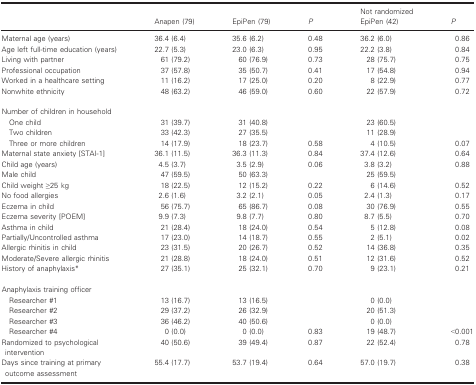
<table><thead><tr><td></td><td><b>Anapen (79)</b></td><td><b>EpiPen (79)</b></td><td><b><i>P</i></b></td><td><b>Not randomized EpiPen (42)</b></td><td><b><i>P</i></b></td></tr></thead><tbody><tr><td>Maternal age (years)</td><td>36.4 (6.4)</td><td>35.6 (6.2)</td><td>0.48</td><td>36.2 (6.0)</td><td>0.86</td></tr><tr><td>Age left full‐time education (years)</td><td>22.7 (5.3)</td><td>23.0 (6.3)</td><td>0.95</td><td>22.2 (3.8)</td><td>0.84</td></tr><tr><td>Living with partner</td><td>61 (79.2)</td><td>60 (76.9)</td><td>0.73</td><td>28 (75.7)</td><td>0.75</td></tr><tr><td>Professional occupation</td><td>37 (57.8)</td><td>35 (50.7)</td><td>0.41</td><td>17 (54.8)</td><td>0.94</td></tr><tr><td>Worked in a healthcare setting</td><td>11 (16.2)</td><td>17 (25.0)</td><td>0.20</td><td>8 (22.9)</td><td>0.77</td></tr><tr><td>Nonwhite ethnicity</td><td>48 (63.2)</td><td>46 (59.0)</td><td>0.60</td><td>22 (57.9)</td><td>0.72</td></tr><tr><td colspan="6">Number of children in household</td></tr><tr><td>One child</td><td>31 (39.7)</td><td>31 (40.8)</td><td rowspan="2"></td><td>23 (60.5)</td><td rowspan="2"></td></tr><tr><td>Two children</td><td>33 (42.3)</td><td>27 (35.5)</td><td>11 (28.9)</td></tr><tr><td>Three or more children</td><td>14 (17.9)</td><td>18 (23.7)</td><td>0.58</td><td>4 (10.5)</td><td>0.07</td></tr><tr><td>Maternal state anxiety [STAI‐1]</td><td>36.1 (11.5)</td><td>36.3 (11.3)</td><td>0.84</td><td>37.4 (12.6)</td><td>0.64</td></tr><tr><td>Child age (years)</td><td>4.5 (3.7)</td><td>3.5 (2.9)</td><td>0.06</td><td>3.8 (3.2)</td><td>0.88</td></tr><tr><td>Male child</td><td>47 (59.5)</td><td>50 (63.3)</td><td></td><td>25 (59.5)</td><td></td></tr><tr><td>Child weight ≥25 kg</td><td>18 (22.5)</td><td>12 (15.2)</td><td>0.22</td><td>6 (14.6)</td><td>0.52</td></tr><tr><td>No food allergies</td><td>2.6 (1.6)</td><td>3.2 (2.1)</td><td>0.05</td><td>2.4 (1.3)</td><td>0.17</td></tr><tr><td>Eczema in child</td><td>56 (75.7)</td><td>65 (86.7)</td><td>0.08</td><td>30 (76.9)</td><td>0.55</td></tr><tr><td>Eczema severity [POEM]</td><td>9.9 (7.3)</td><td>9.8 (7.7)</td><td>0.80</td><td>8.7 (5.5)</td><td>0.70</td></tr><tr><td>Asthma in child</td><td>21 (28.4)</td><td>18 (24.0)</td><td>0.54</td><td>5 (12.8)</td><td>0.08</td></tr><tr><td>Partially/Uncontrolled asthma</td><td>17 (23.0)</td><td>14 (18.7)</td><td>0.55</td><td>2 (5.1)</td><td>0.02</td></tr><tr><td>Allergic rhinitis in child</td><td>23 (31.5)</td><td>20 (26.7)</td><td>0.52</td><td>14 (36.8)</td><td>0.35</td></tr><tr><td>Moderate/Severe allergic rhinitis</td><td>21 (28.8)</td><td>18 (24.0)</td><td>0.51</td><td>12 (31.6)</td><td>0.52</td></tr><tr><td>History of anaphylaxisa</td><td>27 (35.1)</td><td>25 (32.1)</td><td>0.70</td><td>9 (23.1)</td><td>0.21</td></tr><tr><td colspan="6">Anaphylaxis training officer</td></tr><tr><td>Researcher #1</td><td>13 (16.7)</td><td>13 (16.5)</td><td rowspan="3"></td><td>0 (0.0)</td><td rowspan="3"></td></tr><tr><td>Researcher #2</td><td>29 (37.2)</td><td>26 (32.9)</td><td>20 (51.3)</td></tr><tr><td>Researcher #3</td><td>36 (46.2)</td><td>40 (50.6)</td><td>0 (0.0)</td></tr><tr><td>Researcher #4</td><td>0 (0.0)</td><td>0 (0.0)</td><td>0.83</td><td>19 (48.7)</td><td>&lt;0.001</td></tr><tr><td>Randomized to psychological intervention</td><td>40 (50.6)</td><td>39 (49.4)</td><td>0.87</td><td>22 (52.4)</td><td>0.78</td></tr><tr><td>Days since training at primary outcome assessment</td><td>55.4 (17.7)</td><td>53.7 (19.4)</td><td>0.64</td><td>57.0 (19.7)</td><td>0.38</td></tr></tbody></table>